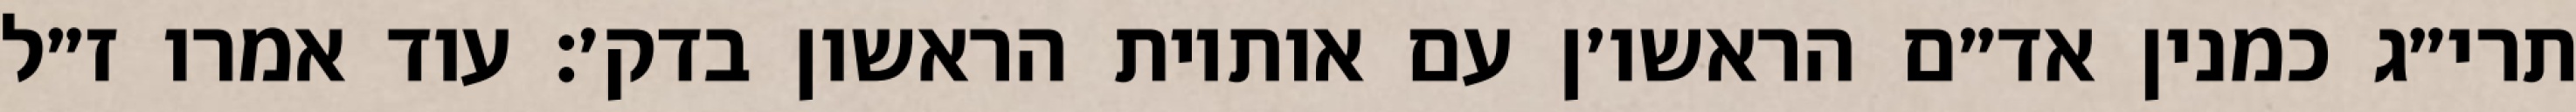
תרי״ג כמנין אד״ם הראשו׳ן עם אותיות הראשון בדק׳: עוד אמרו ז״ל